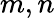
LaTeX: m,n